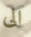
الى